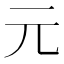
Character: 元